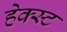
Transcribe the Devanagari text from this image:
हेक्स्ट